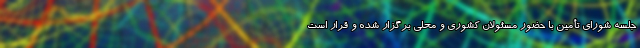
جلسه شورای تأمین با حضور مسئولان کشوری و محلی برگزار شده و قرار است